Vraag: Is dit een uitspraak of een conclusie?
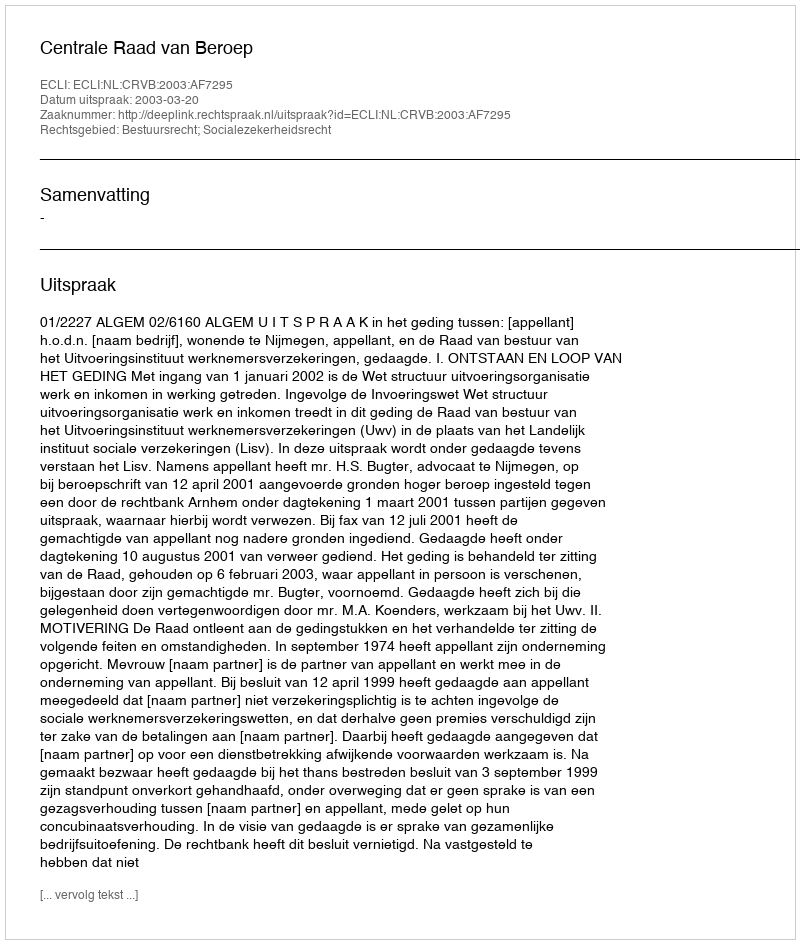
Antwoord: Uitspraak